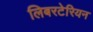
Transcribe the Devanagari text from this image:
लिबरटेरियन